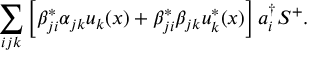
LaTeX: \sum _ { i j k } \left[ \beta _ { j i } ^ { * } \alpha _ { j k } u _ { k } ( x ) + \beta _ { j i } ^ { * } \beta _ { j k } u _ { k } ^ { * } ( x ) \right] a _ { i } ^ { \dag } S ^ { + } .